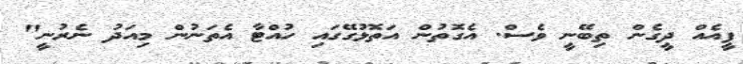
ފީއެއް ދީގެން ތިބޭނީ ވެސް. އެގޮތުން އަތޮޅުގޭގައި ހުއްޓާ އެތަނުން މިއަދު ނެރުނީ"